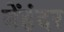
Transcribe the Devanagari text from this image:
बेंहंदर